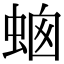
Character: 𧋙